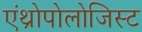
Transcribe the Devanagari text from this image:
एंथ्रोपोलोजिस्ट